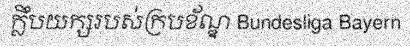
ក្លឹបយក្សរបស់ក្របខ័ណ្ឌ Bundesliga Bayern